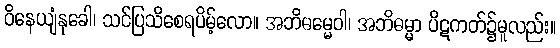
ဝိနေယျံနုခေါ၊ သင်ပြသိစေရပိမ့်လော။ အဘိဓမ္မေဝါ၊ အဘိဓမ္မာ ပိဋကတ်၌မူလည်း။